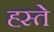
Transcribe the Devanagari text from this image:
ह्स्ते